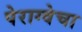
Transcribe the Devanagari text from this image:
पेराग्वेचा